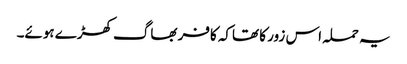
یہ حملہ اس زور کا تھاکہ کافر بھاگ کھڑے ہوئے۔